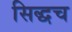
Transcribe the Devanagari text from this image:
सिद्धच